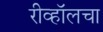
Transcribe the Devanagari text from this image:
रीव्हॉलचा